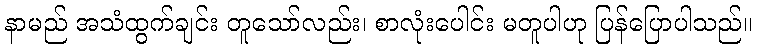
နာမည် အသံထွက်ချင်း တူသော်လည်း၊ စာလုံးပေါင်း မတူပါဟု ပြန်ပြောပါသည်။